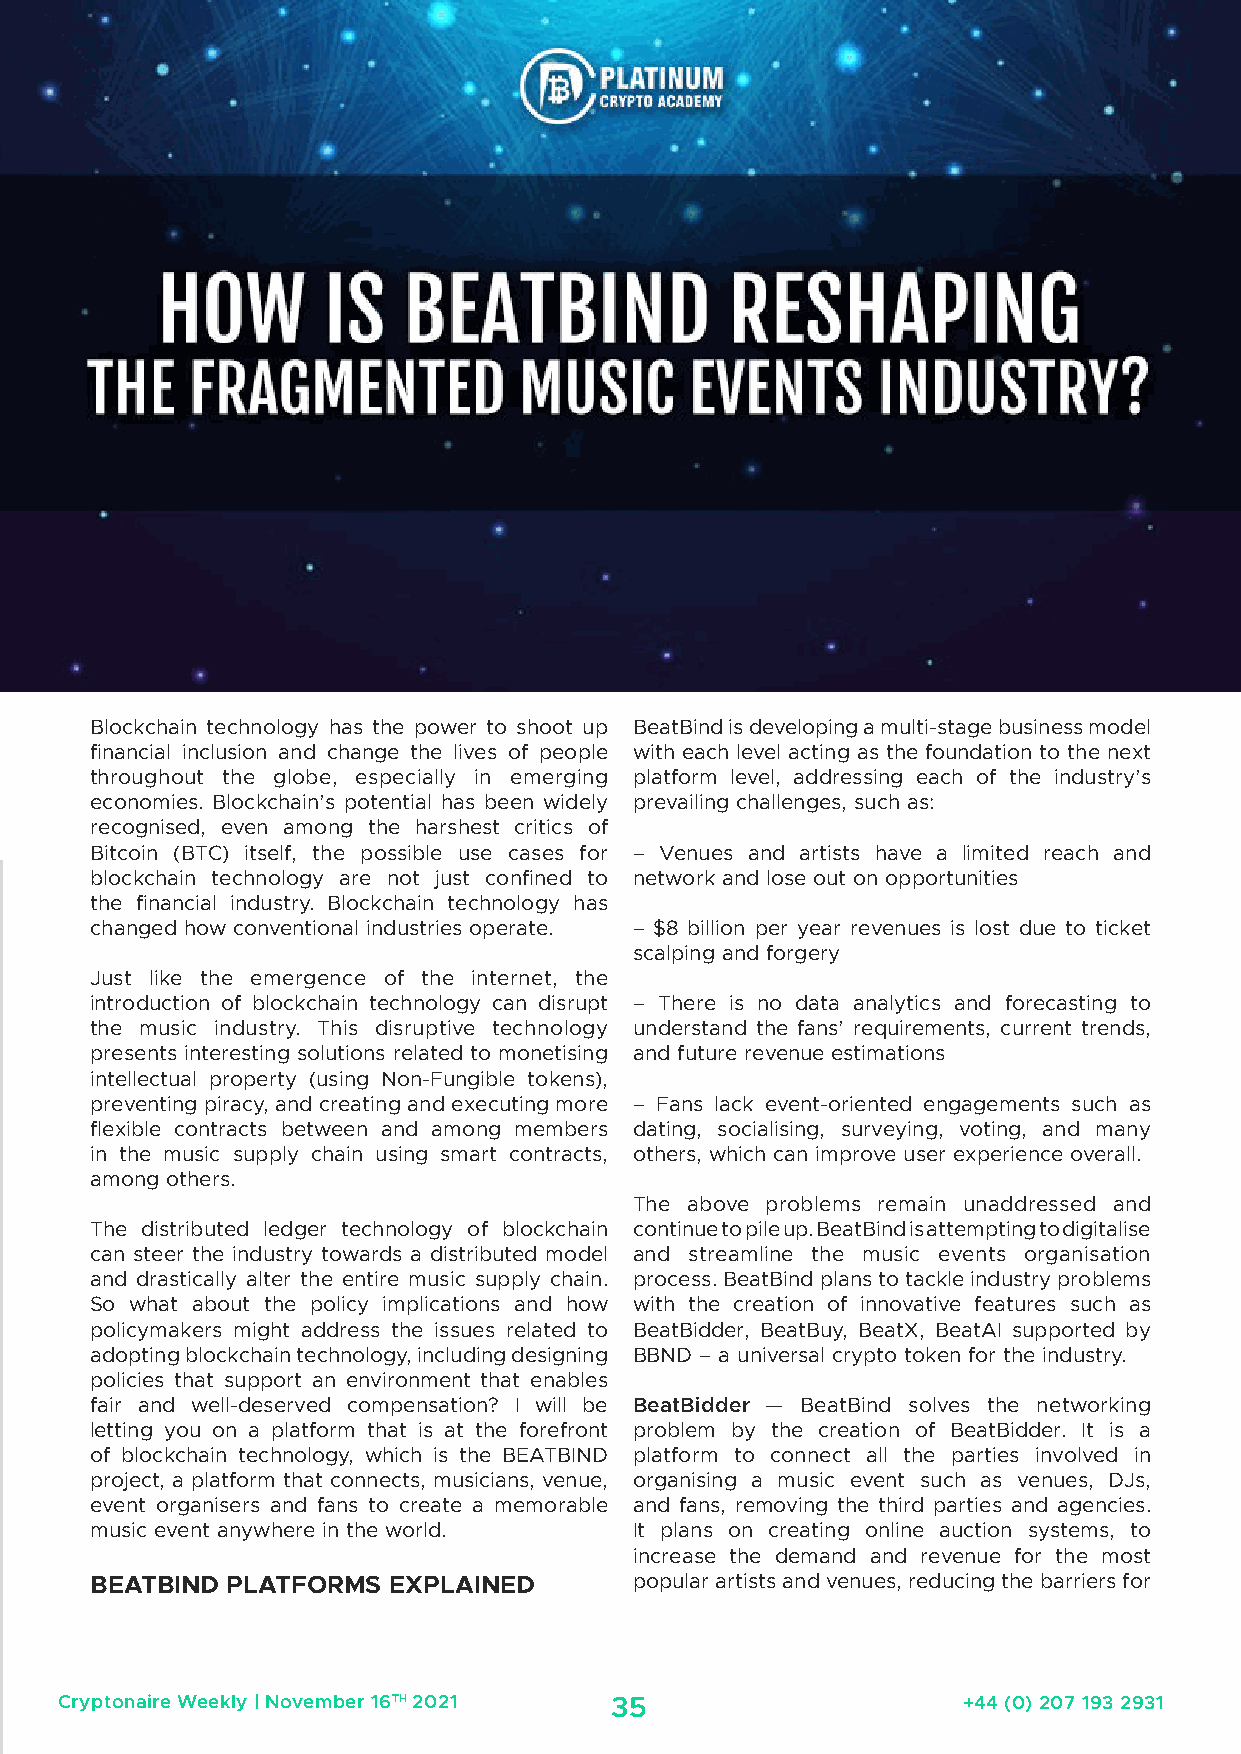
Blockchain technology has the power to shoot up BeatBind is developing a multi-stage business model
 financial inclusion and change the lives of people with each level acting as the foundation to the next
 throughout the globe, especially in emerging platform level, addressing each of the industry’s
 economies. Blockchain’s potential has been widely prevailing challenges, such as:
 recognised, even among the harshest critics of
 Bitcoin (BTC) itself, the possible use cases for – Venues and artists have a limited reach and
 blockchain technology are not just confined to network and lose out on opportunities
 the financial industry. Blockchain technology has
 changed how conventional industries operate. – $8 billion per year revenues is lost due to ticket
 scalping and forgery
 Just like the emergence of the internet, the
 introduction of blockchain technology can disrupt – There is no data analytics and forecasting to
 the music industry. This disruptive technology understand the fans’ requirements, current trends,
 presents interesting solutions related to monetising and future revenue estimations
 intellectual property (using Non-Fungible tokens),
 preventing piracy, and creating and executing more – Fans lack event-oriented engagements such as
 flexible contracts between and among members dating, socialising, surveying, voting, and many
 in the music supply chain using smart contracts, others, which can improve user experience overall.
 among others.
 The above problems remain unaddressed and
 The distributed ledger technology of blockchain continue to pile up. BeatBind is attempting to digitalise
 can steer the industry towards a distributed model and streamline the music events organisation
 and drastically alter the entire music supply chain. process. BeatBind plans to tackle industry problems
 So what about the policy implications and how with the creation of innovative features such as
 policymakers might address the issues related to BeatBidder, BeatBuy, BeatX, BeatAI supported by
 adopting blockchain technology, including designing BBND – a universal crypto token for the industry.
 policies that support an environment that enables
 fair and well-deserved compensation? I will be BeatBidder — BeatBind solves the networking
 letting you on a platform that is at the forefront problem by the creation of BeatBidder. It is a
 of blockchain technology, which is the BEATBIND platform to connect all the parties involved in
 project, a platform that connects, musicians, venue, organising a music event such as venues, DJs,
 event organisers and fans to create a memorable and fans, removing the third parties and agencies.
 music event anywhere in the world.  It plans on creating online auction systems, to
 increase the demand and revenue for the most
 BEATBIND PLATFORMS  EXPLAINED       popular artists and venues, reducing the barriers for
 Cryptonaire Weekly | November 16TH 2021 35                  +44 (0) 207 193 2931